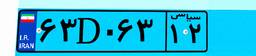
۶۳D۰۶۳۱۲